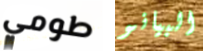
طومي البيانو